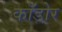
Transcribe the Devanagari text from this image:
काँडोर